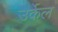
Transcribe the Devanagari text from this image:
उर्केल